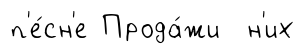
п'е́сн'е Прода́жи н'их